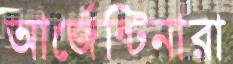
আর্জেন্টিনারা